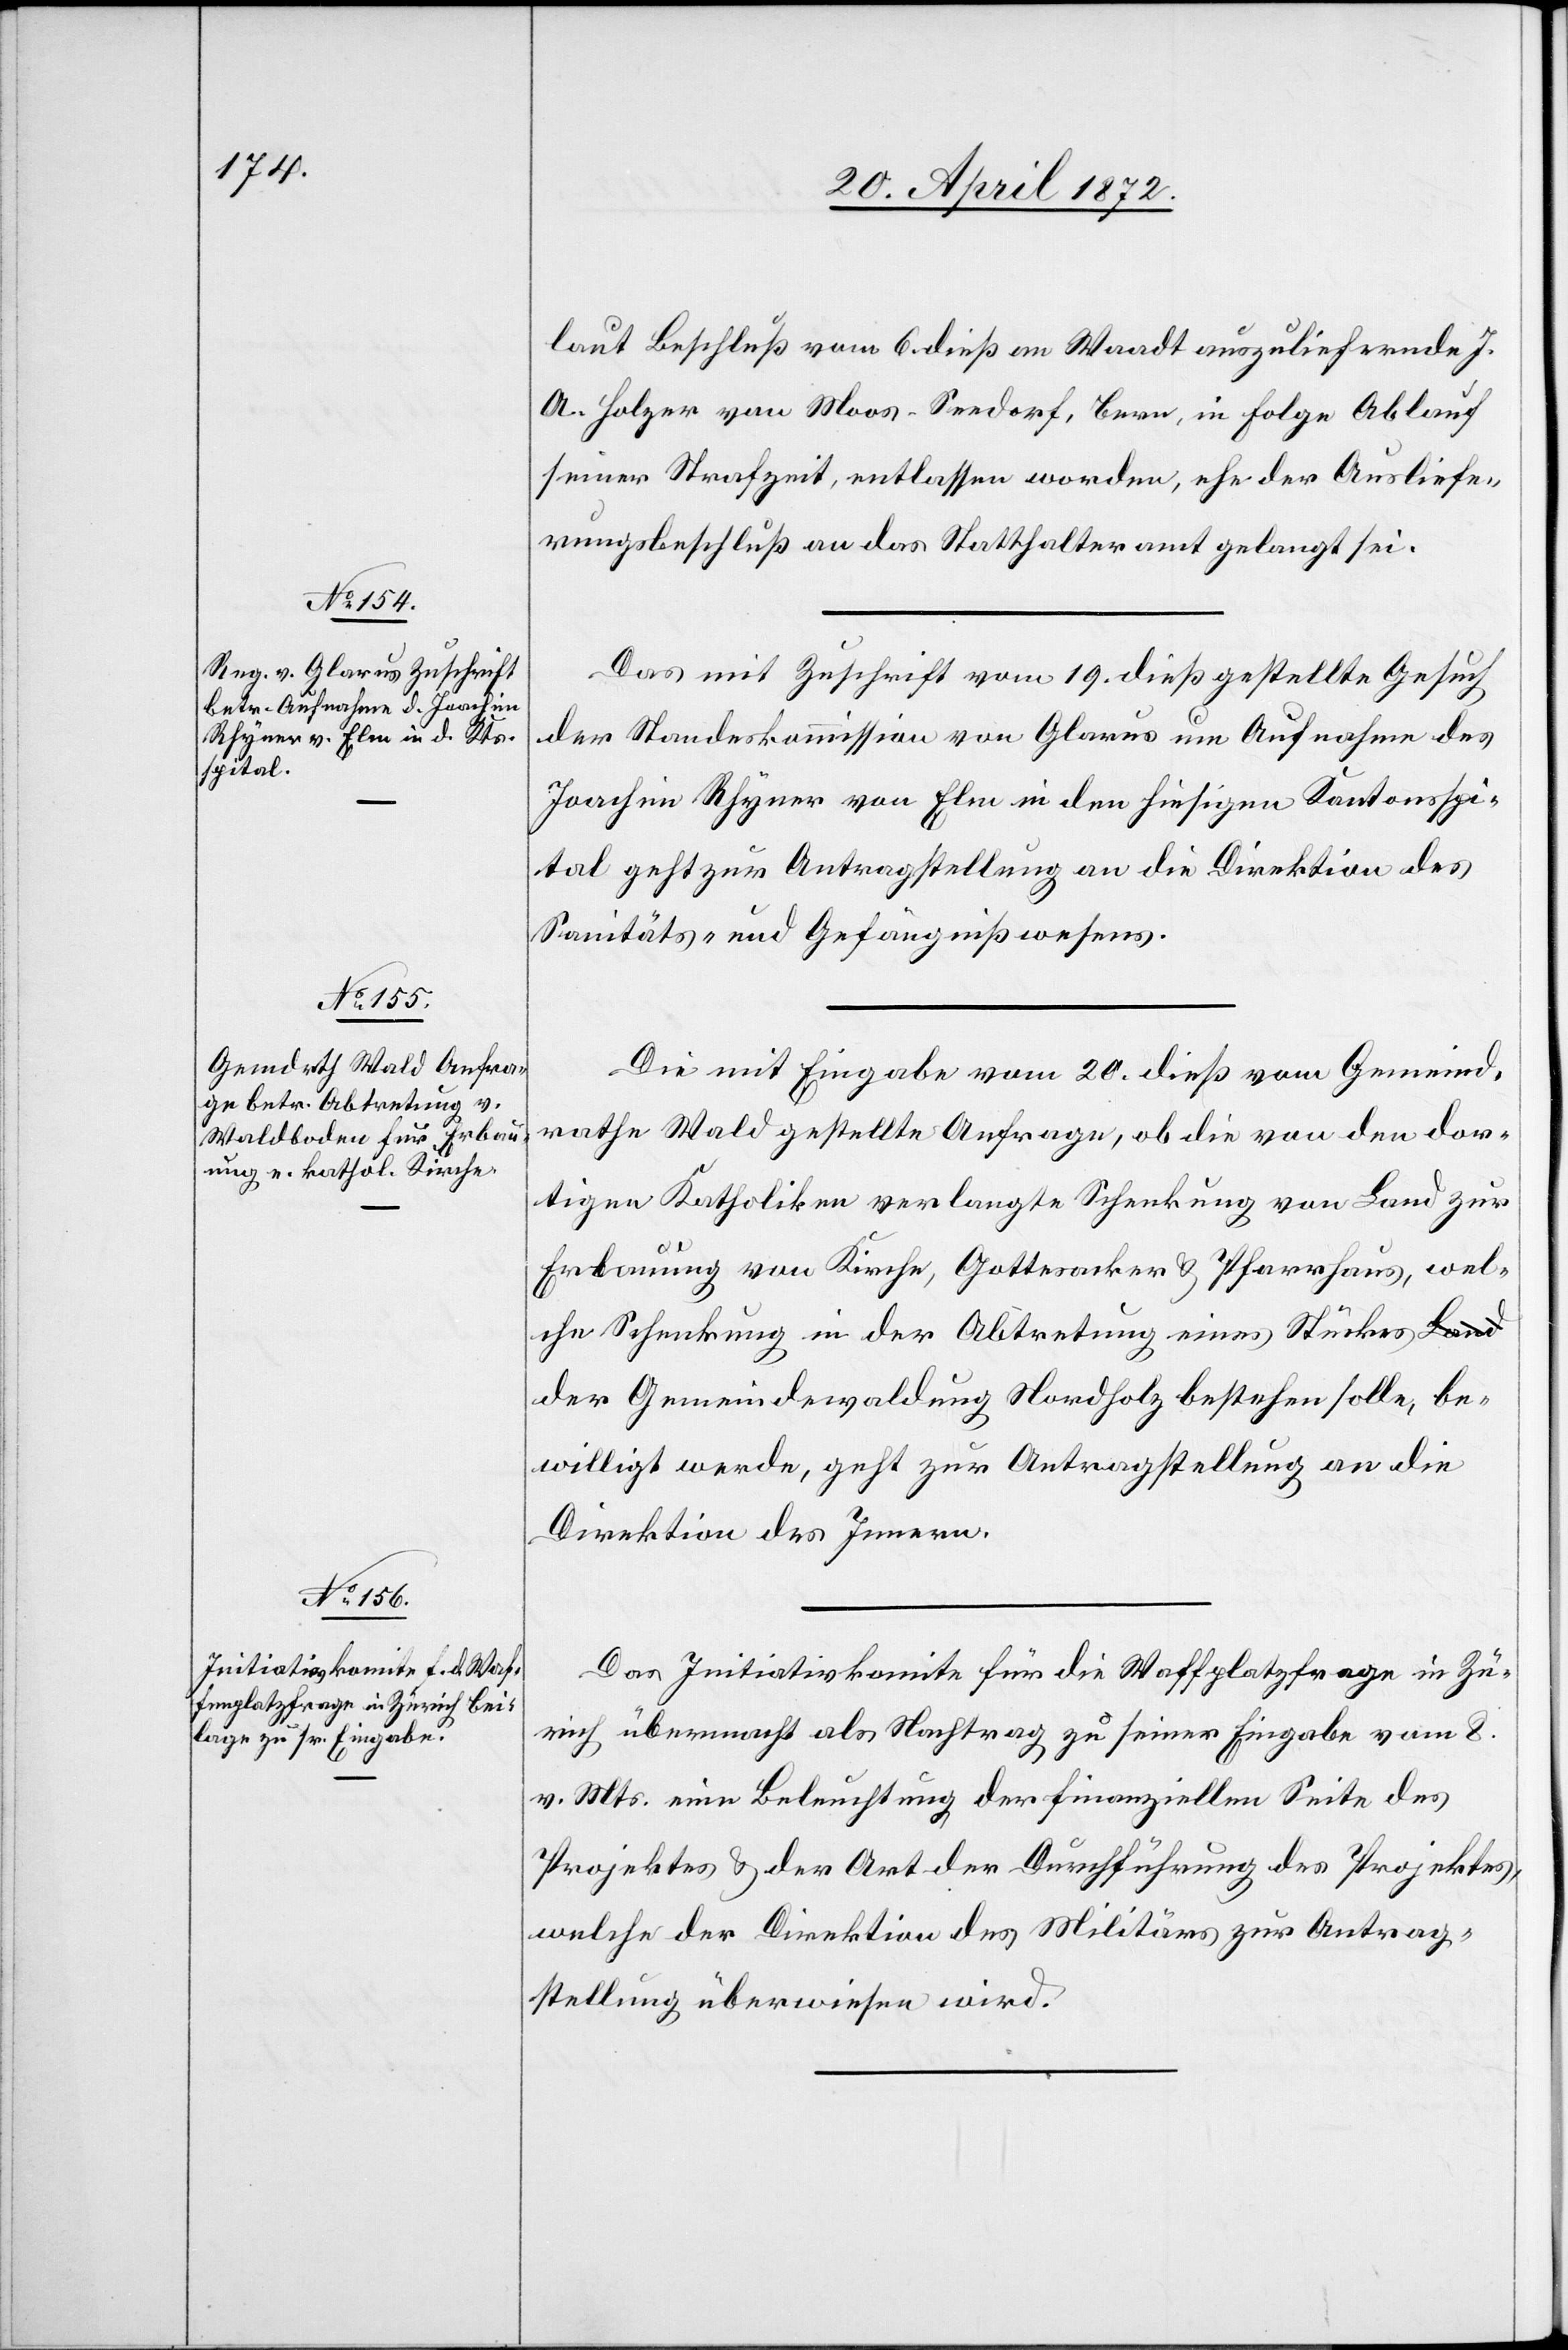
22. April 1872.]
laut Beschluß vom 6. dieß an Waadt auszuliefernde J.
A. Holzer von Moos - Seedorf, Bern, in Folge Ablauf
seiner Strafzeit, entlassen worden, ehe der Ausliefe¬
rungsbeschluß an das Statthalteramt gelangt sei.
Das mit Zuschrift vom 19. dieß gestellte Gesuch
der Standeskommission von Glarus um Aufnahme des
Joachim Rhyner von Elm in den hiesigen Kantonsspi¬
tal geht zur Antragstellung an die Direktion des
Sanitäts- und Gefängnißwesens.
Die mit Eingabe vom 20. dieß vom Gemeind¬
rathe Wald gestellte Anfrage, ob die von den dor¬
tigen Katholiken verlangte Schenkung von Land zur
Erbauung von Kirche, Gottesacker u. Pfarrhaus, wel¬
che Schenkung in der Abtretung eines Stückes d¬
er Gemeindewaldung Nordholz bestehen solle, be¬
willigt werde, geht zur Antragstellung an die
Direktion des Innern.
Das Initiativkomite für die Waffenplatzfrage in Zü¬
rich übermacht als Nachtrag zu seiner Eingabe vom 8.
v. Mts. eine Beleuchtung der finanziellen Seite des
Projektes u. der Art der Durchführung des Projektes,
welche der Direktion des Militärs zur Antrag¬
stellung überwiesen wird.